Indian journal of veterinary science and animal husbandry - Volumes 22-23, 1952-1953
Year: 1952
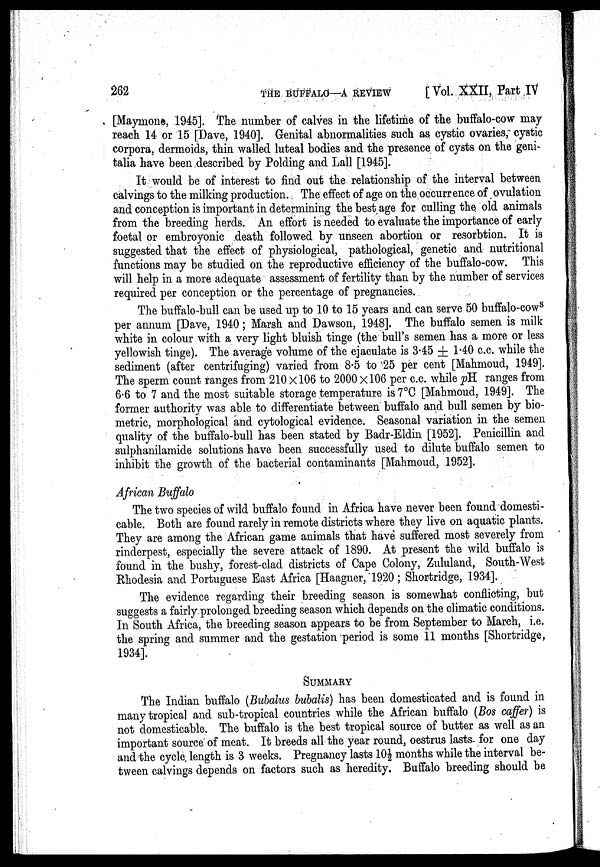
262
THE
BUFFALO—A
REVIEW
[Vol. XXII, Part IV
[Maymone, 1945]. The number of calves in the lifetime of the buffalo-cow may
reach 14 or 15 [Dave, 1940]. Genital abnormalities such as cystic ovaries, cystic
corpora, dermoids, thin walled luteal bodies and the presence of cysts on the geni-
talia have been described by Polding and Lall [1945].
It would be of interest to find out the relationship of the interval between
calvings to the milking production. The effect of age on the occurrence of ovulation
and conception is important in determining the best age for culling the old animals
from the breeding herds. An effort is needed to evaluate the importance of early
foetal or embroyonic death followed by unseen abortion or resorbtion. It is
suggested that the effect of physiological, pathological, genetic and nutritional
functions may be studied on the reproductive efficiency of the buffalo-cow. This
will help in a more adequate assessment of fertility than by the number of services
required per conception or the percentage of pregnancies.
The buffalo-bull can be used up to 10 to 15 years and can serve 50 buffalo-cow S
per annum [Dave, 1940; Marsh and Dawson, 1948]. The buffalo semen is milk
white in colour with a very light bluish tinge (the bull's semen has a more or less
yellowish tinge). The average volume of the ejaculate is 3.45 ± 1.40 c.c. while the
sediment (after centrifuging) varied from 8.5 to 25 per cent [Mahmoud, 1949].
The sperm count ranges from 210 x 106 to 2000 X 106 per c.c. while pH ranges from
6.6 to 7 and the most suitable storage temperature is 7ºC [Mahmoud, 1949]. The
former authority was able to differentiate between buffalo and bull semen by bio-
metric, morphological and cytological evidence. Seasonal variation in the semen
quality of the buffalo-bull has been stated by Badr-Eldin [1952]. Penicillin and
sulphanilamide solutions have been successfully used to dilute buffalo semen to
inhibit the growth of the bacterial contaminants [Mahmoud, 1952].
African Buffalo
The two species of wild buffalo found in Africa have never been found domesti-
cable. Both are found rarely in remote districts where they live on aquatic plants.
They are among the African game animals that have suffered most severely from
rinderpest, especially the severe attack of 1890. At present the wild buffalo is
found in the bushy, forest-clad districts of Cape Colony, Zululand, South-West
Rhodesia and Portuguese East Africa [Haagner, 1920; Shortridge, 1934].
The evidence regarding their breeding season is somewhat conflicting, but
suggests a fairly prolonged breeding season which depends on the climatic conditions.
In South Africa, the breeding season appears to be from September to March, i.e.
the spring and summer and the gestation period is some 11 months [Shortridge,
1934].
SUMMARY
The Indian buffalo (Bubalus bubalis) has been domesticated and is found in
many tropical and sub-tropical countries while the African buffalo (Bos caffer) is
not domesticable. The buffalo is the best tropical source of butter as well as an
important source of meat. It breeds all the year round, oestrus lasts- for one day
and the cycle, length is 3 weeks. Pregnancy lasts 10½ months while the interval be-
tween calvings depends on factors such as heredity. Buffalo breeding should be